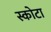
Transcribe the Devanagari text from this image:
स्कोटा